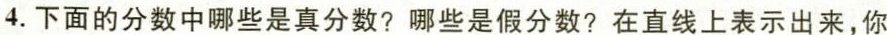
4.下面的分数中哪些是真分数?哪些是假分数?在直线上表示出来，你